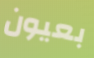
بعيون